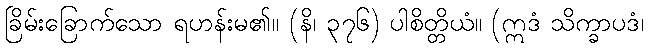
ခြိမ်းခြောက်သော ရဟန်းမ၏။ (နိ၊ ၃၇၆) ပါစိတ္တိယံ။ (ဣဒံ သိက္ခာပဒံ၊